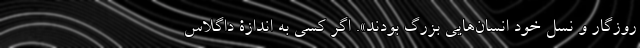
روزگار و نسل خود انسان‌هایی بزرگ بودند». اگر کسی به اندازۀ داگلاس